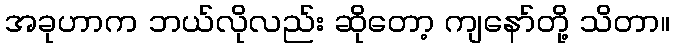
အခုဟာက ဘယ်လိုလည်း ဆိုတော့ ကျနော်တို့ သိတာ။